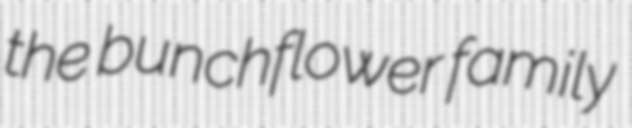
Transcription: the bunchflower family